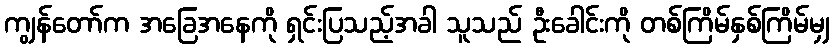
ကျွန်တော်က အခြေအနေကို ရှင်းပြသည့်အခါ သူသည် ဦးခေါင်းကို တစ်ကြိမ်နှစ်ကြိမ်မျှ